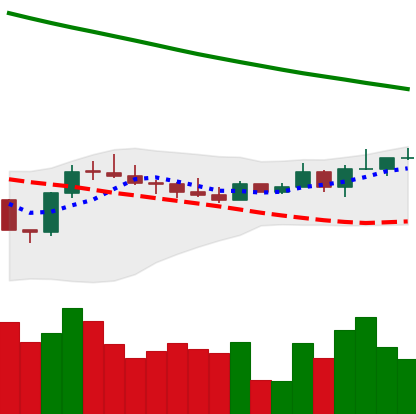
Ticker: BTC-USD
Chart end date: 2022-08-13
Forward return: -4.96%
Label: down_3_5